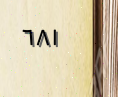
٦٨١